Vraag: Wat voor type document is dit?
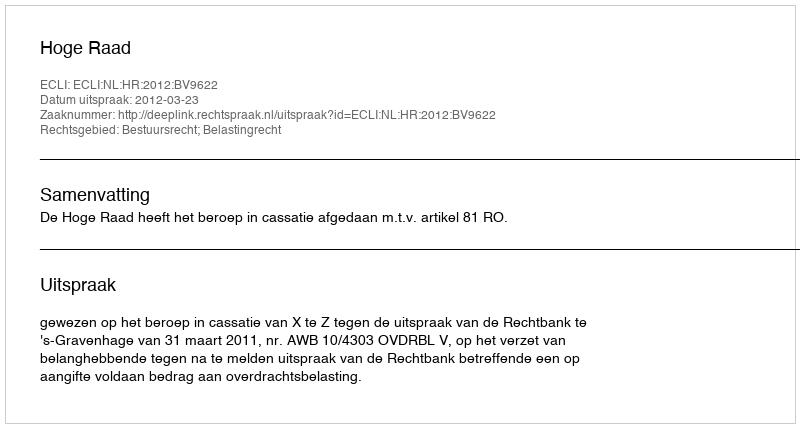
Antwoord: Uitspraak